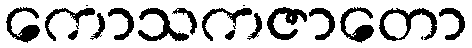
ကောသကဇာတော